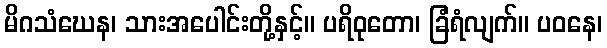
မိဂသံဃေန၊ သားအပေါင်းတို့နှင့်။ ပရိဝုတော၊ ခြံရံလျက်။ ပဝနေ၊